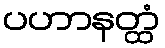
ပဟာနတ္ထံ